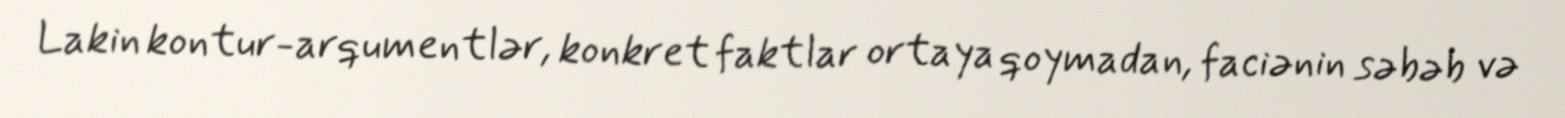
Lakin kontur-arqumentlər, konkret faktlar ortaya qoymadan, faciənin səbəb və